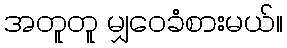
အတူတူ မျှဝေခံစားမယ်။